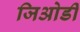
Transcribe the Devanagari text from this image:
जिओर्डी